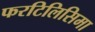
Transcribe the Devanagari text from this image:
फरटिलिसिमा